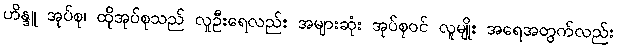
ဟိန္ဒူ အုပ်စု၊ ထိုအုပ်စုသည် လူဦးရေလည်း အများဆုံး အုပ်စုဝင် လူမျိုး အရေအတွက်လည်း